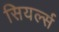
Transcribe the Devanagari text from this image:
सियर्ल्स